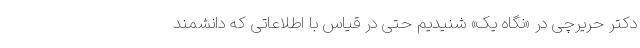
دکتر حریرچی در «نگاه یک» شنیدیم حتی در قیاس با اطلاعاتی که دانشمند